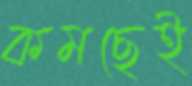
কমছেই